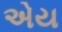
એય